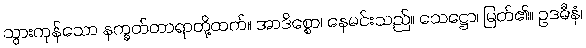
သွားကုန်သော နက္ခတ်တာရာတို့ထက်။ အာဒိစ္စော၊ နေမင်းသည်။ သေဋ္ဌော၊ မြတ်၏။ ဥဒဓီနံ၊